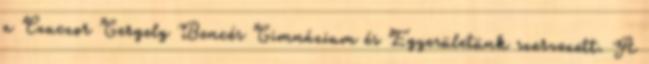
a Czuczor Gergely Bencés Gimnázium és Egyesületünk szervezett. A